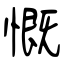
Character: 慨